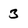
Character: 3